Lunatic asylums in Bengal annual reports 1899-1911 - 1899-1911
Year: 1899
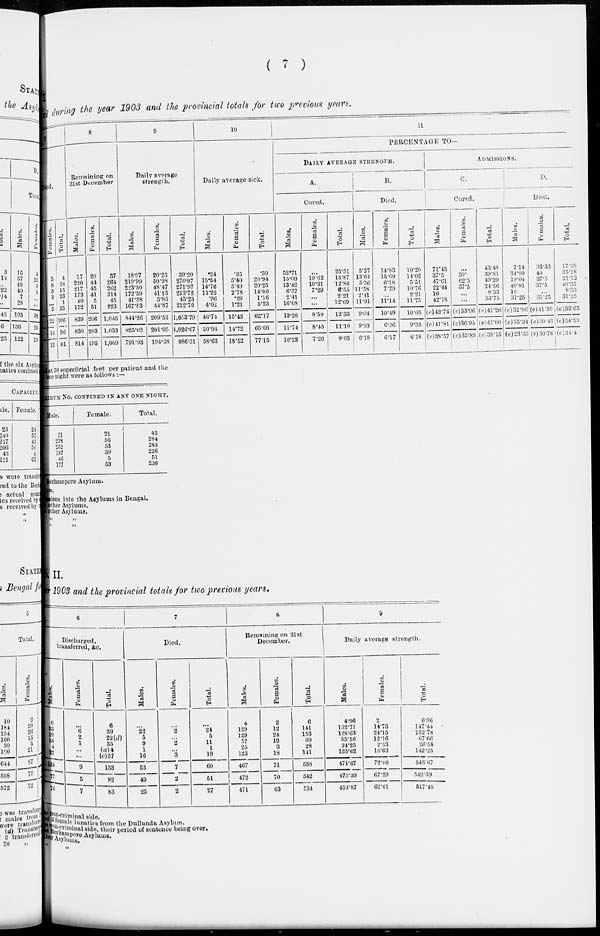
( 7 )
No I.
Bengal
during the year 1903 and the provincial totals for two previous years.
7
Died.
Fe ma l
e s .
3
8
3
3
...
5
22
14
12
Total.
4
38
15
23
1
25
106
96
61
8
Remaining on
3lst December.
Males.
17
220
217
173
40
172
839
830
814
Females.
20
44
45
41
5
51
206
203
195
Total.
37
264
262
214 45
223
1,045
1,033
1,009
9
Daily average
strength.
Males.
18.97
219.99
223.50
172.59
41.38
167.83
844.26
825.62
791.93
Females.
20.23
50.98
48.47
41.13
3.85
44.87
209.53
201.05
194.38
Total.
39.20
270.97
271.97
213.72
45.23
212.70
1,053.79
1,026.67
986.31
10
Daily average sick.
Males.
.24
15.54
14.76
11.22
.96
4.02
46.74
50.94
58.63
Females.
.35
5.40
5.49
2.78
.20
1.21
15.43
14.72
18.52
Total.
.59
20.94
20.25
14.00
1.16
5.23
62.17
65.66
77.15
11
PERCENTAGE TO—
DAILY AVERAGE STRENGTH.
A.
Cured.
Males.
52.71
15.00
13.42
6.37
2.41
16.08
13.26
11.74
10.22
Females.
...
19.62
10.31
7.29
...
...
8.59
8.45
7.20
Total.
25.51
15.87
12.86
6.55
2.21
12.69
12.33
11.10
9.63
B.
Died.
Males.
5.27
13.64
5.36
11.58
2.41
11.91
9.94
9.93
6.18
Females.
14.83
15.69
6.18
7.29
...
11.14
10.49
6.96
6.17
Total.
10.20
14.02
5.51
10.76
2.21
11.75
10.05
9.35
6.18
ADMISSIONS.
C.
Cured.
Males.
71.43
37.5
47.61
22.44
10
42.18
(e)42.74
(e)41.81
(e)38.57
Females.
...
50.
62.5
37.5
...
...
(e)33.96
(e)36.95
(e)35.89
Total.
43.48
39.81
49.29
24.56
8.33
33.75
(e)41.26
(e)41.00
(e)38.15
D.
Died.
Males.
7.14
34.09
19.04
40.81
10
31.25
(e)32.06
(e)35.34
(e)23.33
Females.
33.33
40
37.5
37.5
...
31.25
(e)41.50
(e)30.43
(e)30.76
Total.
17.39
35.18
21.12
40.35
8.33
31.25
(e)33.65
(e)34.53
(e)24.4
at 50 superficial feet per patient and the
one night were as follows :—
ASYLUM NO. CONFINED IN ANY ONE NIGHT.
Male.
21
228
232
187
46
177
Female.
21
56
53
39
5
53
Total.
42
284
285
226
51
230
Berhampore Asylum.
Asylum.
admissions into the Asylums in Bengal.
other Asylums.
other Asylums.
„ „
„ „
No. II.
er 1903 and the provincial totals for two previous years.
6
Discharged,
transferred, &c.
Males.
6
33
20
34
4
27
124
77
76
Females.
...
6
2
1
...
...
9
5
7
Total.
6
39
22(d)
35
(a)4
(c)27
133
82
83
7
Died.
Males.
...
22
5
9
1
16
53
49
25
Females.
...
2
...
2
...
3
7
2
2
Total.
...
24
5
11
1
19
60
51
27
8
Remaining on 31st
December.
Males.
4
129
129
57
25
123
467
472
471
Females.
2
12
24
12
3
18
71
70
63
Total.
6
141
153
69
28
141
538
542
534
9
Daily average strength.
Males.
4.96
132.71
128.63
55.50
24.25
125.62
471.67
475.30
454.87
Females.
2
14.73
24.15
12.16
2.33
16.63
72.00
67.29
62.61
Total.
6.96
147.44
152.78
67.66
26.58
142.25
543.67
542.59
517.48
to the non-criminal side.
and 3 female lunatics from the Dullunda Asylum.
the non-criminal side, their period of sentence being over.
the Berhampore Asylums.
other Asylums.
„ „